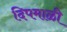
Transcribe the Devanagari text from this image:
दिपमाळी